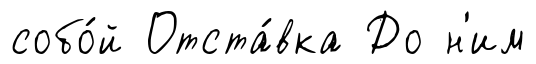
собо́й Отста́вка До н'им